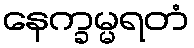
နေက္ခမ္မရတံ